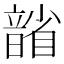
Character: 𪱐